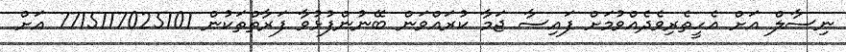
ނިސާލް އަށް އެހީތެރިވެދެއްވުމަށް ފައިސާ ޖަމާ ކުރައްވަން ބޭނުންފުޅުވާ ފަރާތްތަކުން 7715117025101 އަށް